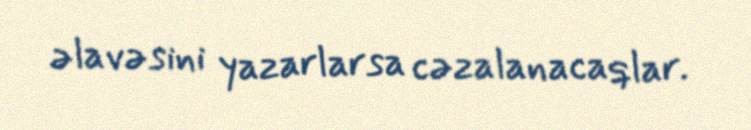
əlavəsini yazarlarsa cəzalanacaqlar.